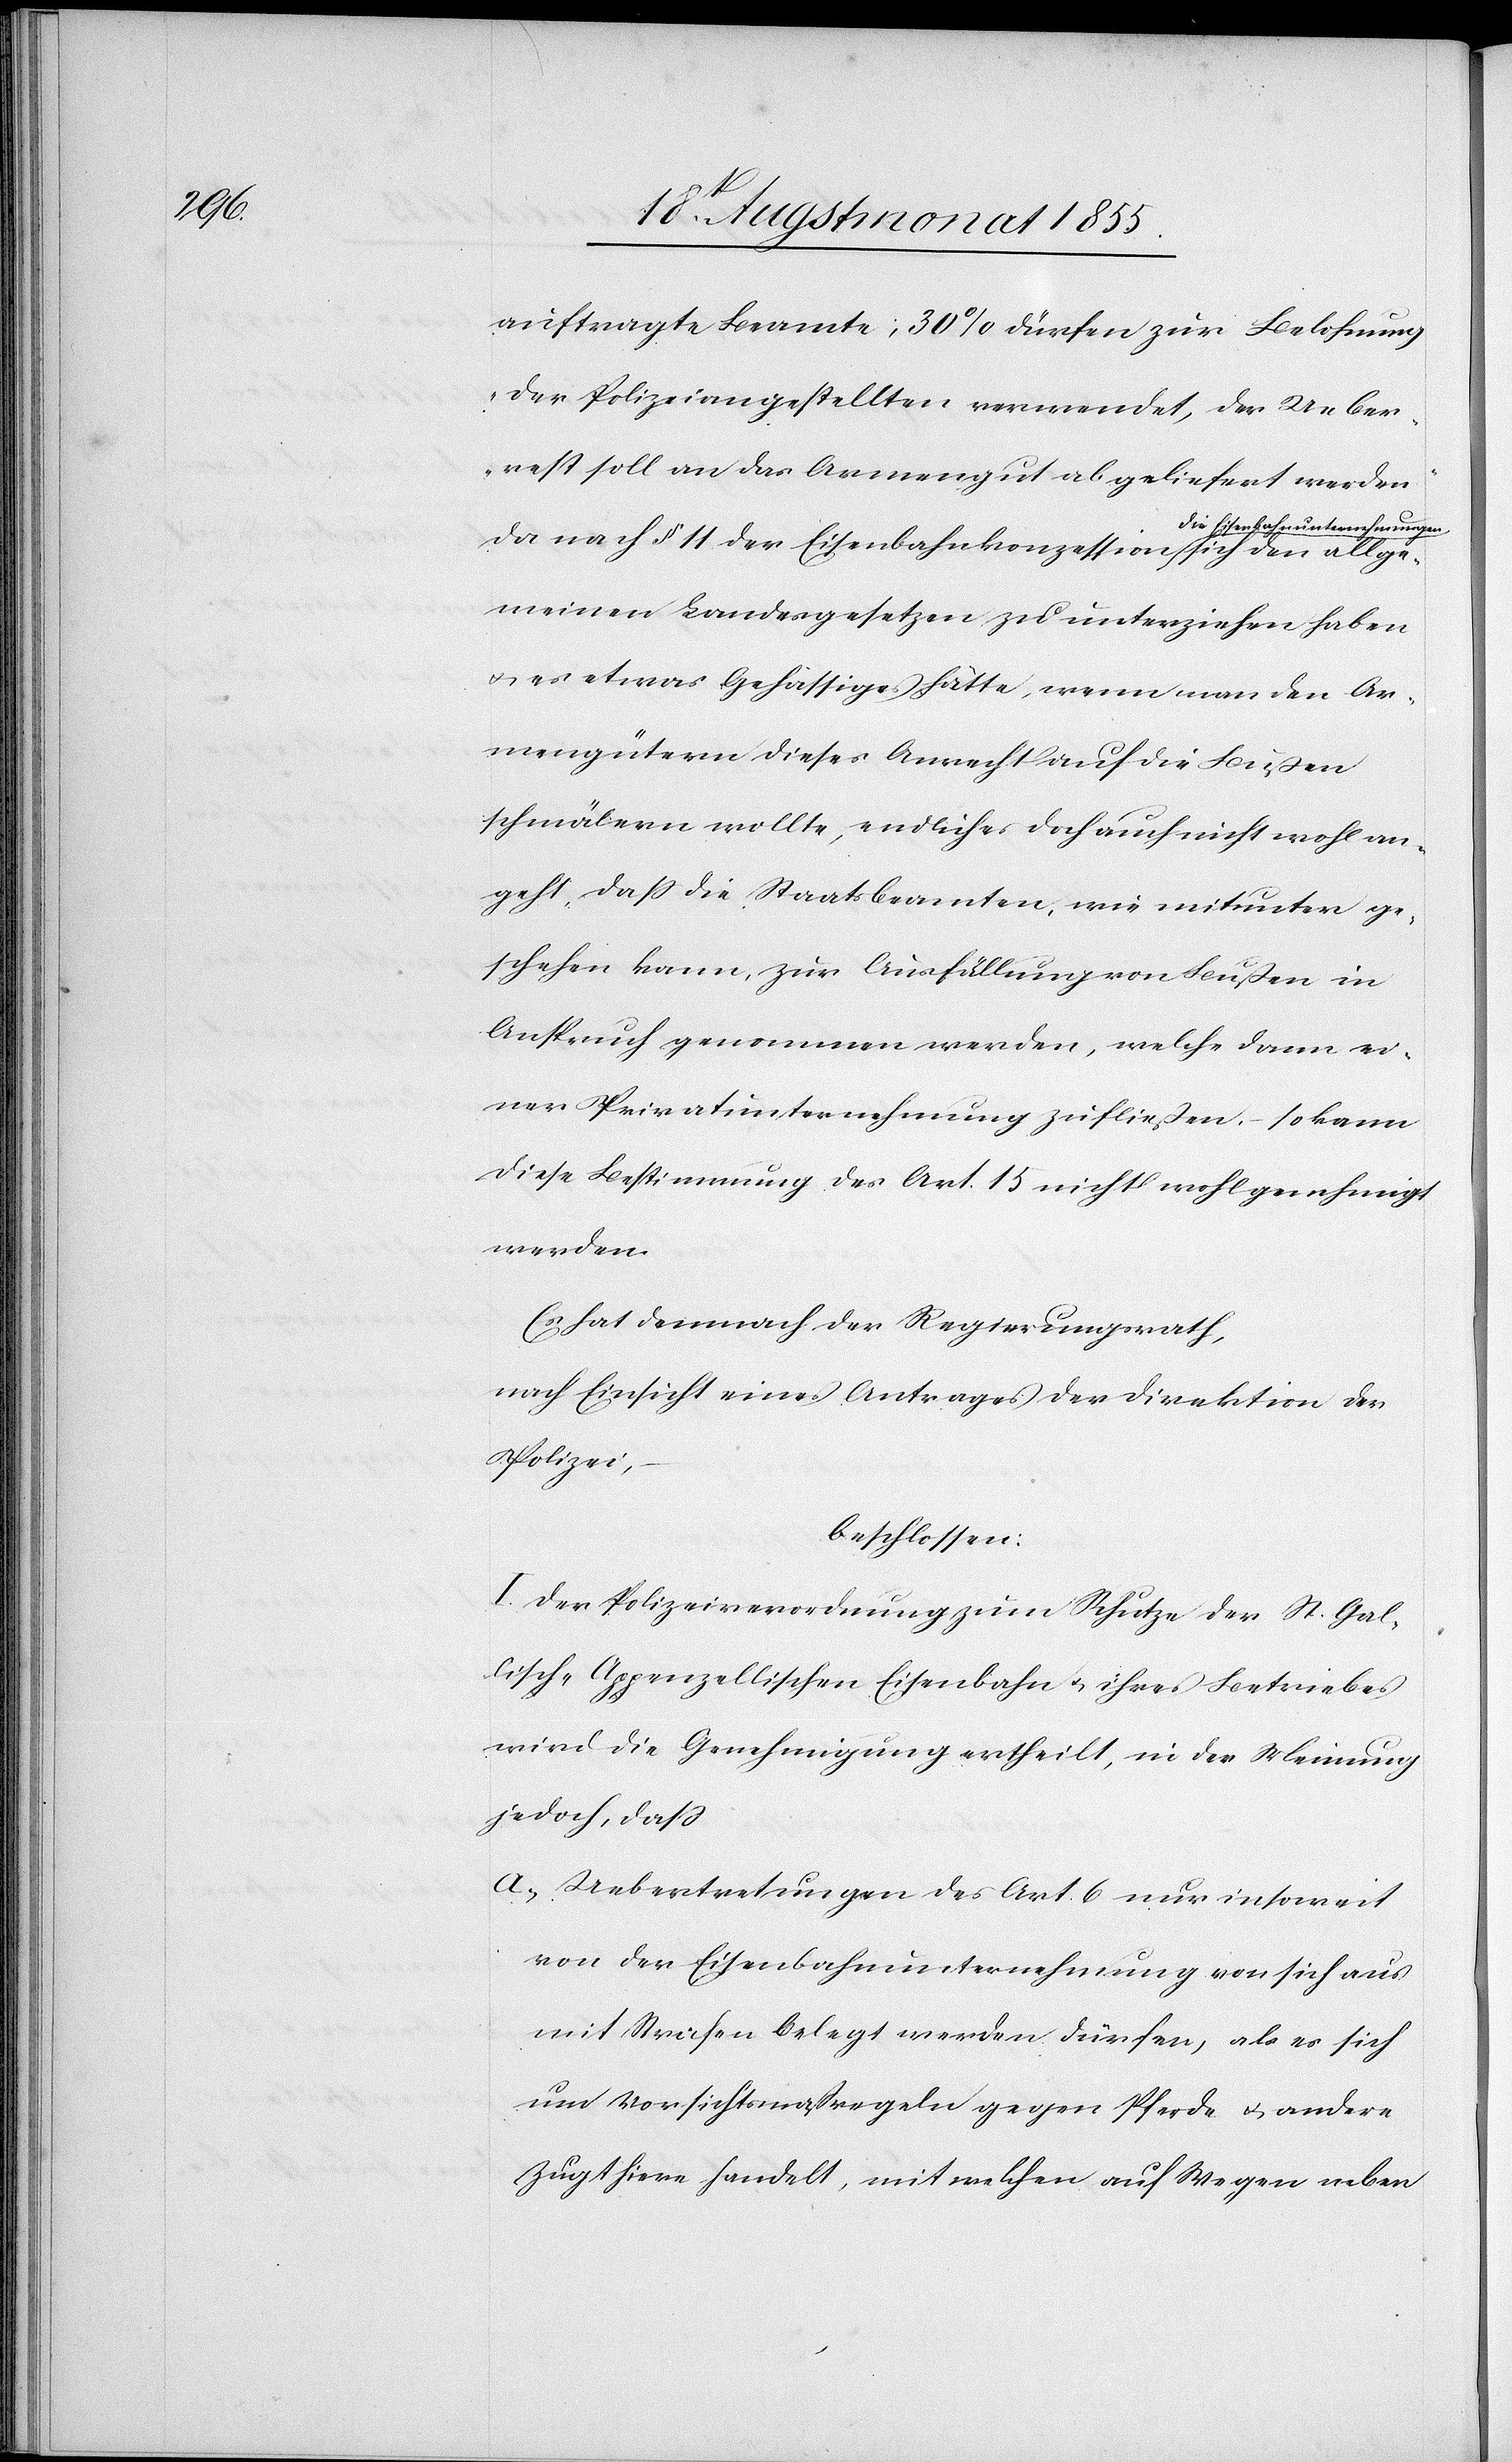
allge¬

auftragte Beamte; 30% dürfen zur Belohnung
der Polizeiangestellten verwendet, der Ueber¬
rest soll an das Armengut abgeliefert werden.“
den
nbah¬
nunternehmungen
Da nach § 11. der Eisenbahnkonzession die Eise¬
meinen Landesgesetzen zu unterziehen haben
& es etwas Gehässiges hätte, wenn man den Ar¬
mengütern dieses Anrecht auf die Bußen
schmälern wollte, endlich es doch auch nicht wohl an¬
geht, dass die Staatsbeamten, wie mitunter ge¬
schehen kann, zur Ausfällung von Bußen in
Anspruch genommen werden, welche dann ei¬
ner Privatunternehmung zufließen, – so kann
diese Bestimmung des Art. 15 nicht wohl genehmigt
werden.
Es hat demnach der Regierungsrath,
nach Einsicht eines Antrages der Direktion der
Polizei,
beschlossen:
I. Der Polizeiverordnung zum Schutze der St. Gal¬
lisch-Appenzellischen Eisenbahn & ihres Betriebes
wird die Genehmigung ertheilt, in der Meinung
jedoch, dass
Uebertretungen des Art. 6 nur insoweit
von der Eisenbahnunternehmung von sich aus
mit Strafen belegt werden dürfen, als es sich
um Vorsichtsmaßregeln gegen Pferde & andere
Zugthiere handelt, mit welchen auf Wegen neben